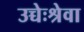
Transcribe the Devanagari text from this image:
उच्चेःश्रेवा